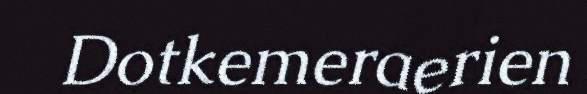
Dotkemeraerien